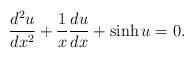
LaTeX: \begin{align*}\frac{d^2 u}{dx^2} + \frac{1}{x} \frac{du}{dx} + \sinh u = 0.\end{align*}